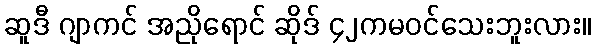
ဆူဒီ ဂျာကင် အညိုရောင် ဆိုဒ် ၄၂ကမဝင်သေးဘူးလား။